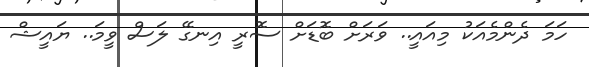
ހަމަ ދެންމެއަކު މިއައީ.. ވަރަށް ބޮޑަށް ސޮރީ އިނގޭ ލަސް ވީމަ.. ޔައީޝް